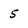
Character: 5